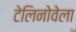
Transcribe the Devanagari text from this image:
टेलिनोवेला